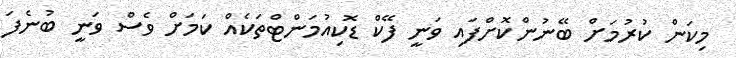
މިކަން ކުރުމަށް ބޭނުންކޮށްފައި ވަނީ ފޭކް ޑޮކިއުމަންޓްތަކެއް ކަމަށް ވެސް ވަނީ ބުނެފަ